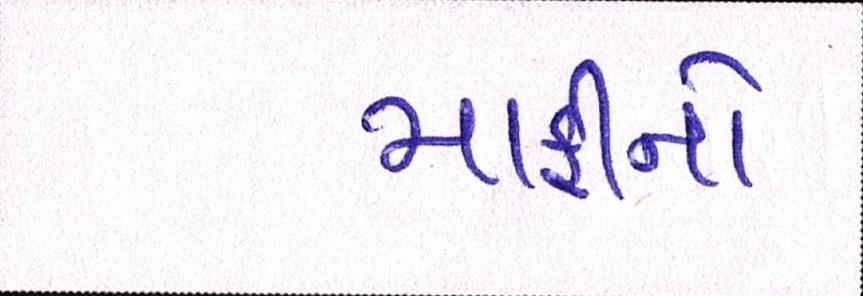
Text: માફીનો